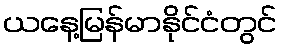
ယနေ့မြန်မာနိုင်ငံတွင်